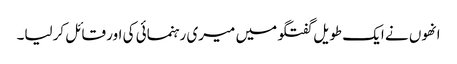
انھوں نے ایک طویل گفتگو میں میری رہنمائی کی اور قائل کرلیا۔